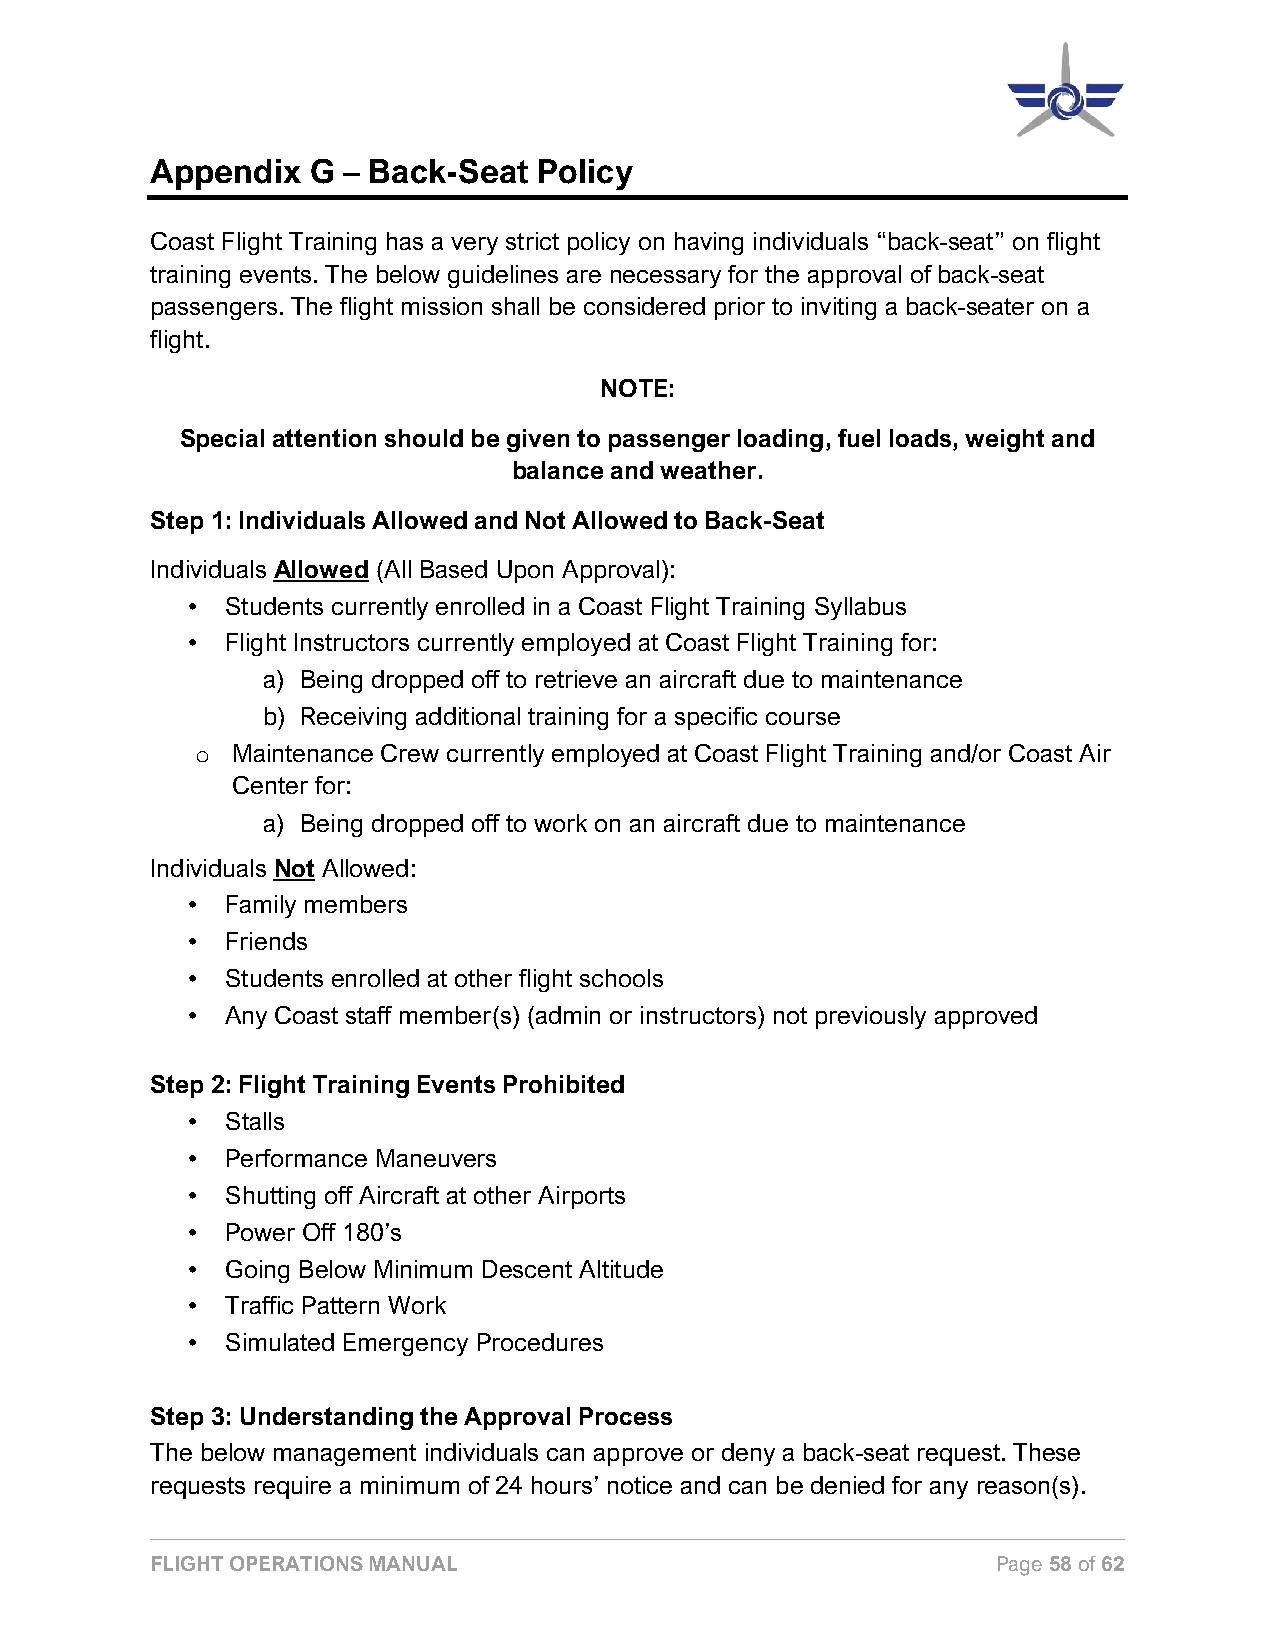
Appendix  G  – Back-Seat  Policy
 Coast Flight Training has a very strict policy on having individuals “back-seat” on flight
 training events. The below guidelines are necessary for the approval of back-seat
 passengers. The flight mission shall be considered prior to inviting a back-seater on a
 flight.
 NOTE:
 Special attention should be given to passenger loading, fuel loads, weight and
 balance and weather.
 Step 1: Individuals Allowed and Not Allowed to Back-Seat
 Individuals Allowed (All Based Upon Approval):
 •  Students currently enrolled in a Coast Flight Training Syllabus
 •  Flight Instructors currently employed at Coast Flight Training for:
 a) Being dropped off to retrieve an aircraft due to maintenance
 b) Receiving additional training for a specific course
 Maintenance Crew currently employed at Coast Flight Training and/or Coast Air
 o
 Center for:
 a) Being dropped off to work on an aircraft due to maintenance
 Individuals Not Allowed:
 •  Family members
 •  Friends
 •  Students enrolled at other flight schools
 •  Any Coast staff member(s) (admin or instructors) not previously approved
 Step 2: Flight Training Events Prohibited
 •  Stalls
 •  Performance Maneuvers
 •  Shutting off Aircraft at other Airports
 •  Power Off 180’s
 •  Going Below Minimum Descent Altitude
 •  Traffic Pattern Work
 •  Simulated Emergency Procedures
 Step 3: Understanding the Approval Process
 The below management individuals can approve or deny a back-seat request. These
 requests require a minimum of 24 hours’ notice and can be denied for any reason(s).
 FLIGHT OPERATIONS MANUAL                                Page 58 of 62